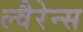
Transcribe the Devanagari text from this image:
ल्वैरेन्स